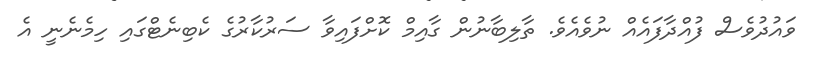
ވައުދުވެސް ފުއްދާފައެއް ނުވެއެވެ. ތާލިބާނުން ގާއިމް ކޮށްފައިވާ ސަރުކާރުގެ ކެބިނެޓްގައި ހިމެނެނީ އެ